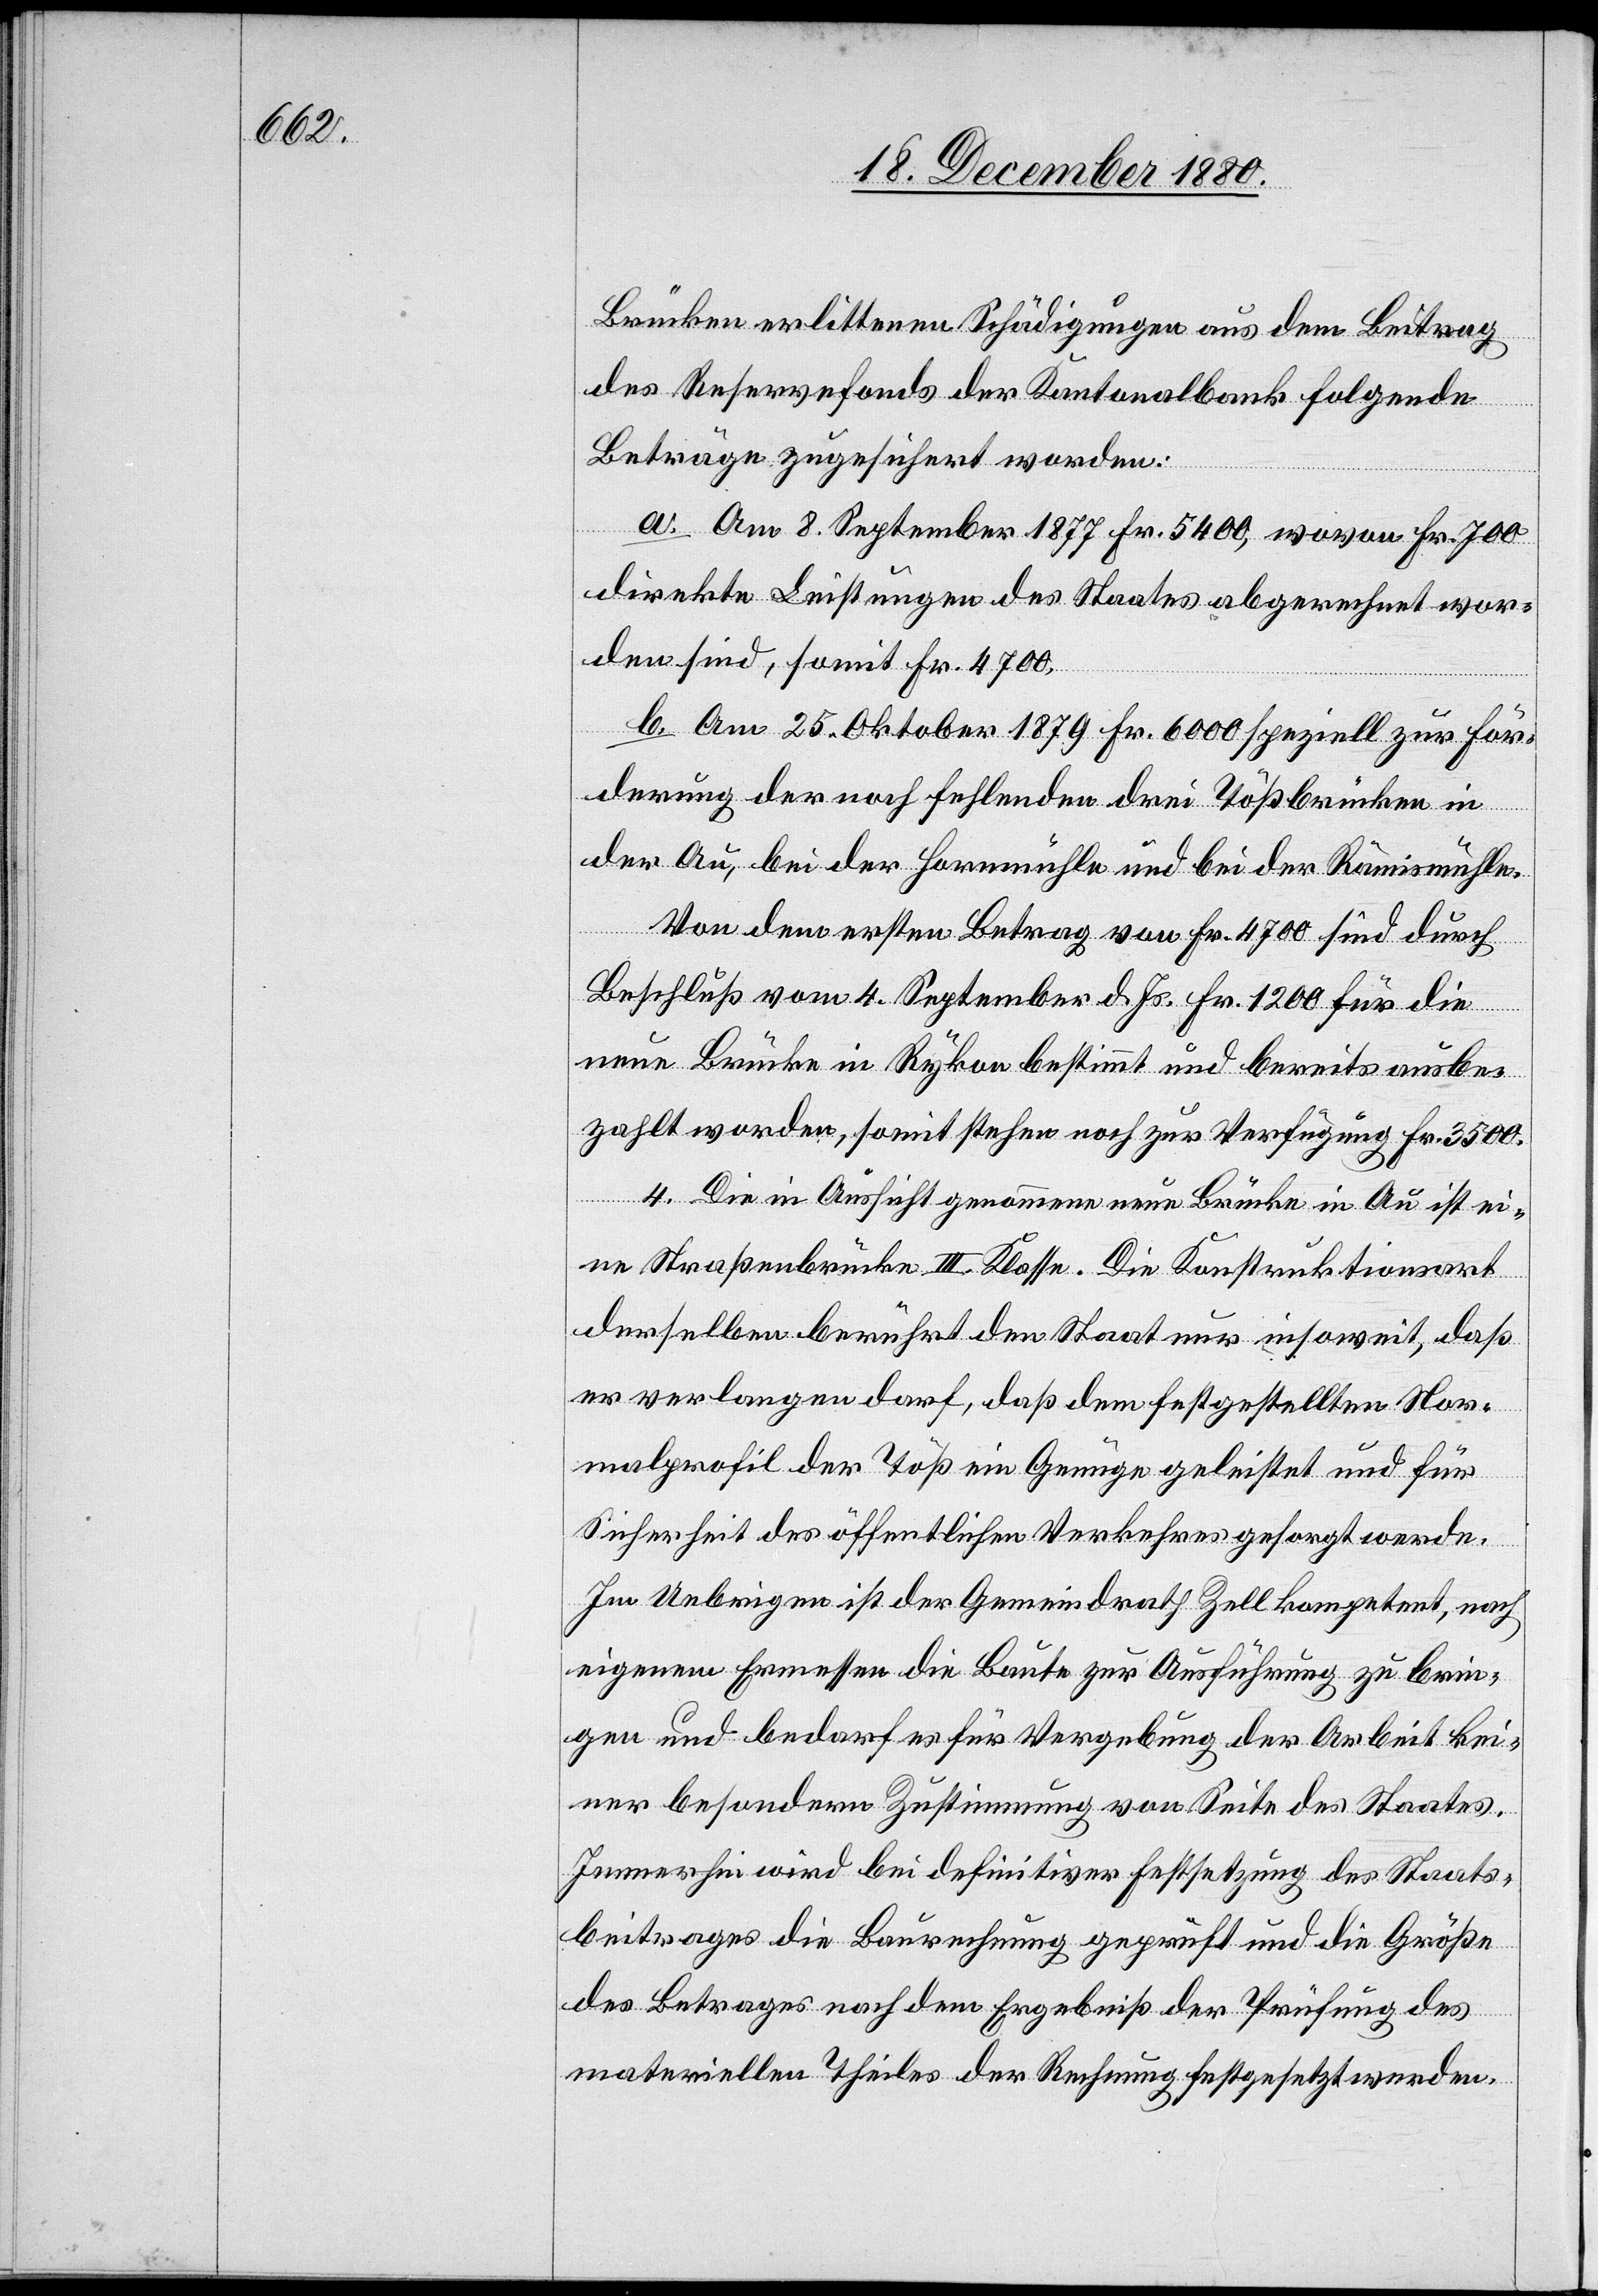
Brücken erlittenen Schädigungen aus dem Beitrag
des Reservefonds der Kantonalbank folgende
Beträge zugesichert worden:
a. Am 8. September 1877 Fr. 5400, wovon Fr. 700
direkte Leistungen des Staates abgerechnet wor¬
den sind, somit Fr. 4700.
b. Am 25. Oktober 1879 Fr. 6000 speziell zur För¬
derung der noch fehlenden drei Tößbrücken in
der Au, bei der Hornmühle und bei der Rämismühle.
Von dem ersten Betrag von Fr. 4700 sind durch
Beschluß vom 4. September d. Js. Fr. 1200 für die
neue Brücke in Rykon bestimmt und bereit ausbe¬
zahlt worden, somit stehen noch zur Verfügung Fr. 3500.
4. Die in Aussicht genommene neue Brücke in Au ist ei¬
ne Straßenbrücke III. Klasse. Die Konstruktionsart
derselben berührt den Staat nur insoweit, daß
er verlangen darf, daß dem festgestellten Nor¬
malprofil der Töß ein Genüge geleistet und für
Sicherheit des öffentlichen Verkehres gesorgt werde.
Im Uebrigen ist der Gemeindrath Zell kompetent, nach
eigenem Ermessen die Baute zur Ausführung zu brin¬
gen und bedarf es für Vergebung der Arbeit kei¬
ner besonderen Zustimmung von Seite des Staates.
Immerhin wird bei definitiver Festsetzung des Staats¬
beitrages die Baurechnung geprüft und die Größe
des Betrages nach dem Ergebniß der Prüfung des
materiellen Theiles der Rechnung festgesetzt werden.